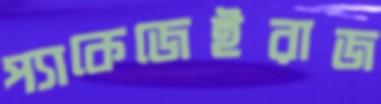
প্যাকেজেইরাজ